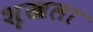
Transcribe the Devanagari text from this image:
शृखला